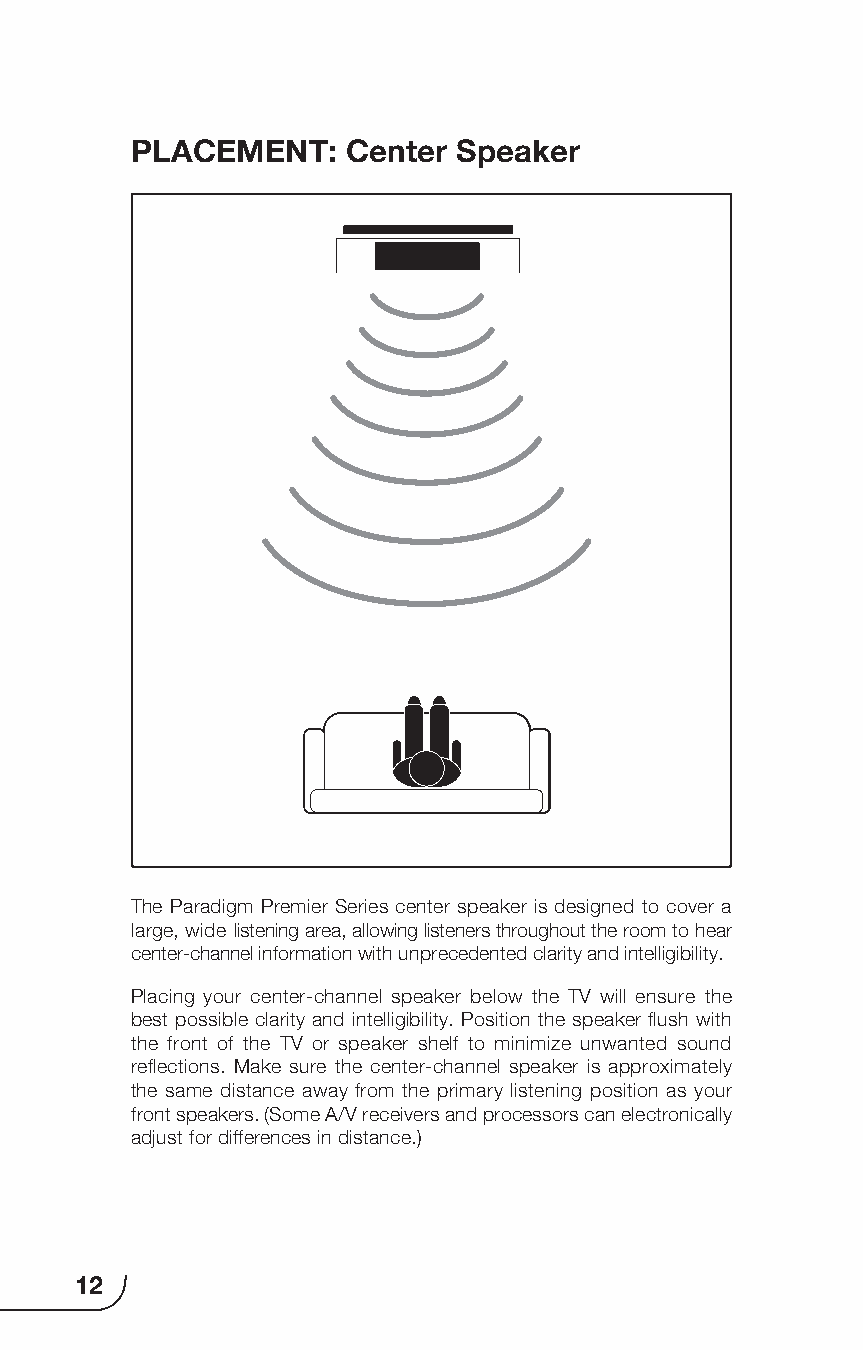
PLACEMENT:    Center Speaker
 The Paradigm Premier Series center speaker is designed to cover a
 large, wide listening area, allowing listeners throughout the room to hear
 center-channel information with unprecedented clarity and intelligibility.
 Placing your center-channel speaker below the TV will ensure the
 best possible clarity and intelligibility. Position the speaker flush with
 the front of the TV or speaker shelf to minimize unwanted sound
 reflections. Make sure the center-channel speaker is approximately
 the same distance away from the primary listening position as your
 front speakers. (Some A/V receivers and processors can electronically
 adjust for differences in distance.)
 12